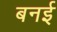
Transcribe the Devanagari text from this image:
बनई